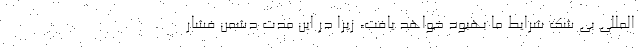
المللی بی شک شرایط ما بهبود خواهد یافت، زیرا در این مدت دشمن فشار